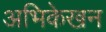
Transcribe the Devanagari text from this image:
अभिकेखन